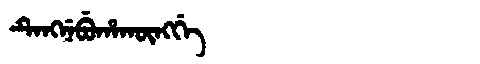
Manchu: ᡨᡝᠩᠨᡝᠪᡠᡥᠠᡴᡡᠩᡤᡝ
Romanization: TENGNEBUHAKŪNGGE